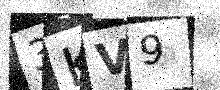
Text: 3KV9